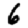
Digit: 6